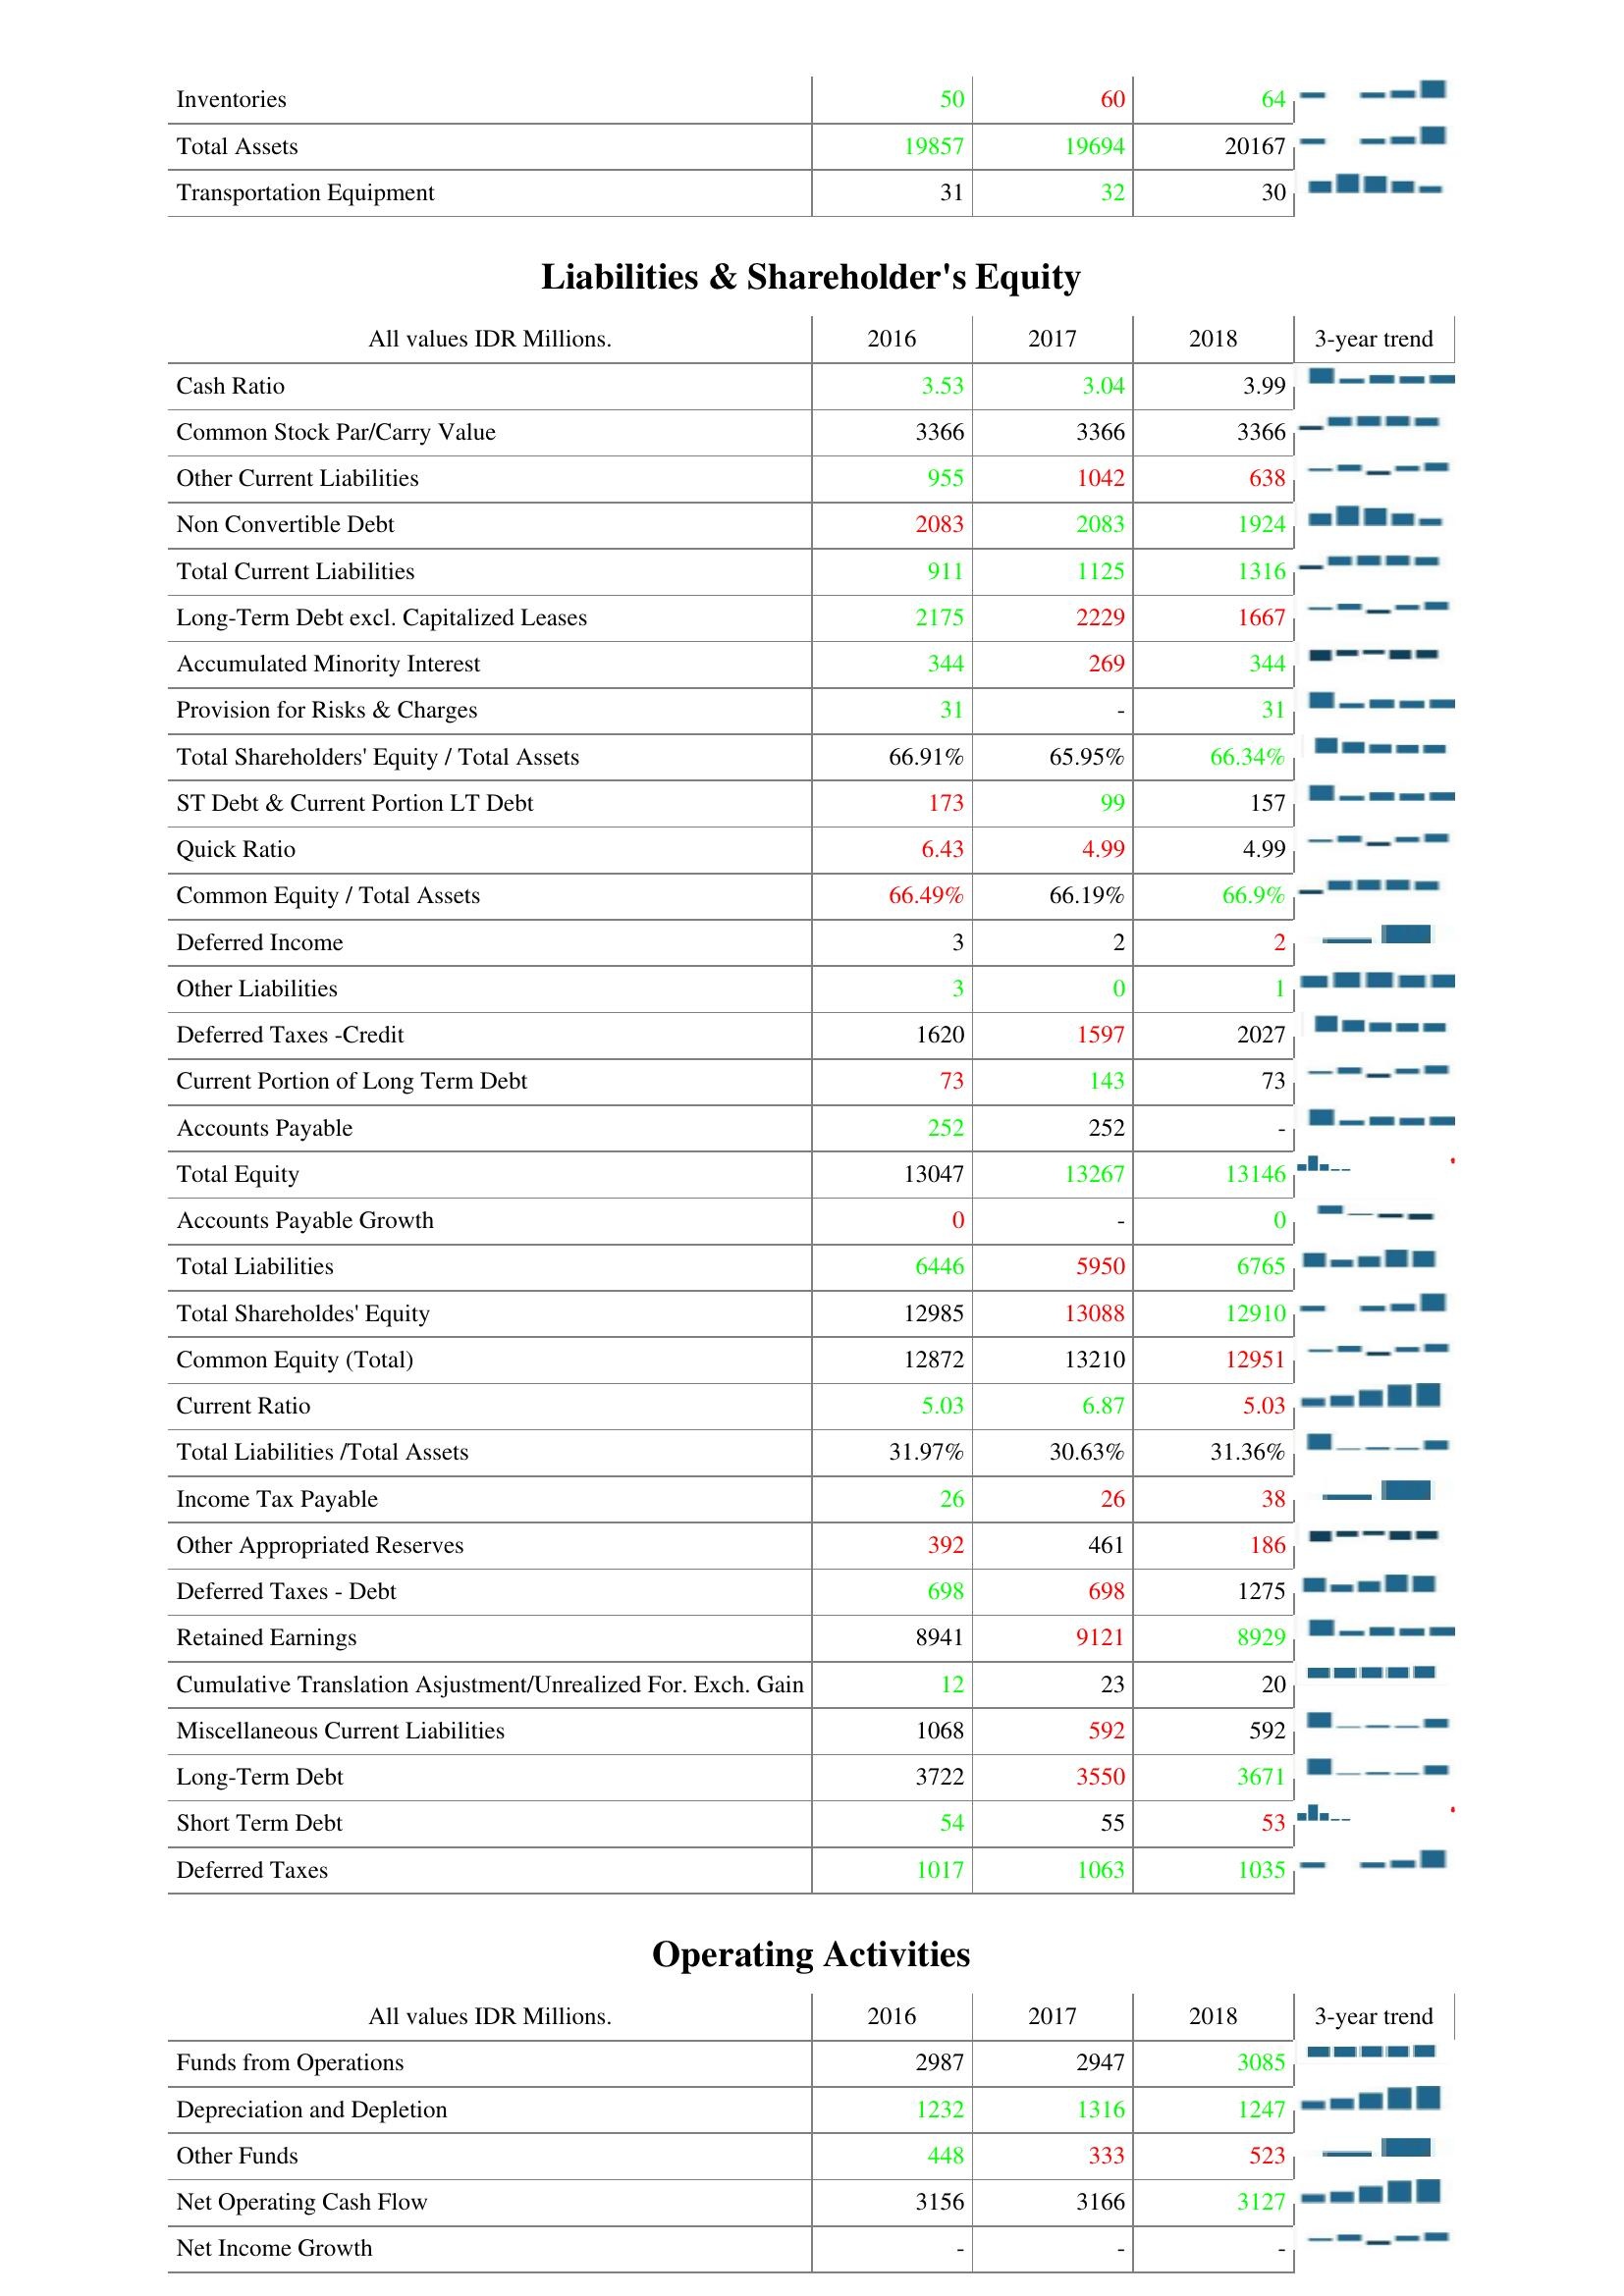
2016: Assets: Inventories: 50
Total Assets: 19857
Transportation Equipment: 31
Liabilities & Shareholder's Equity: Cash Ratio: 3.53
Common Stock Par/Carry Value: 3366
Other Current Liabilities: 955
Non Convertible Debt: 2083
Total Current Liabilities: 911
Long-Term Debt excl. Capitalized Leases: 2175
Accumulated Minority Interest: 344
Provision for Risks & Charges: 31
Total Shareholders' Equity / Total Assets: 66.91%
ST Debt & Current Portion LT Debt: 173
Quick Ratio: 6.43
Common Equity / Total Assets: 66.49%
Deferred Income: 3
Other Liabilities: 3
Deferred Taxes -Credit: 1620
Current Portion of Long Term Debt: 73
Accounts Payable: 252
Total Equity: 13047
Accounts Payable Growth: 0
Total Liabilities: 6446
Total Shareholdes' Equity: 12985
Common Equity (Total): 12872
Current Ratio: 5.03
Total Liabilities /Total Assets: 31.97%
Income Tax Payable: 26
Other Appropriated Reserves: 392
Deferred Taxes - Debt: 698
Retained Earnings: 8941
Cumulative Translation Asjustment/Unrealized For. Exch. Gain: 12
Miscellaneous Current Liabilities: 1068
Long-Term Debt: 3722
Short Term Debt: 54
Deferred Taxes: 1017
Operating Activities: Funds from Operations: 2987
Depreciation and Depletion: 1232
Other Funds: 448
Net Operating Cash Flow: 3156
Net Income Growth: -
2017: Assets: Inventories: 60
Total Assets: 19694
Transportation Equipment: 32
Liabilities & Shareholder's Equity: Cash Ratio: 3.04
Common Stock Par/Carry Value: 3366
Other Current Liabilities: 1042
Non Convertible Debt: 2083
Total Current Liabilities: 1125
Long-Term Debt excl. Capitalized Leases: 2229
Accumulated Minority Interest: 269
Provision for Risks & Charges: -
Total Shareholders' Equity / Total Assets: 65.95%
ST Debt & Current Portion LT Debt: 99
Quick Ratio: 4.99
Common Equity / Total Assets: 66.19%
Deferred Income: 2
Other Liabilities: 0
Deferred Taxes -Credit: 1597
Current Portion of Long Term Debt: 143
Accounts Payable: 252
Total Equity: 13267
Accounts Payable Growth: -
Total Liabilities: 5950
Total Shareholdes' Equity: 13088
Common Equity (Total): 13210
Current Ratio: 6.87
Total Liabilities /Total Assets: 30.63%
Income Tax Payable: 26
Other Appropriated Reserves: 461
Deferred Taxes - Debt: 698
Retained Earnings: 9121
Cumulative Translation Asjustment/Unrealized For. Exch. Gain: 23
Miscellaneous Current Liabilities: 592
Long-Term Debt: 3550
Short Term Debt: 55
Deferred Taxes: 1063
Operating Activities: Funds from Operations: 2947
Depreciation and Depletion: 1316
Other Funds: 333
Net Operating Cash Flow: 3166
Net Income Growth: -
2018: Assets: Inventories: 64
Total Assets: 20167
Transportation Equipment: 30
Liabilities & Shareholder's Equity: Cash Ratio: 3.99
Common Stock Par/Carry Value: 3366
Other Current Liabilities: 638
Non Convertible Debt: 1924
Total Current Liabilities: 1316
Long-Term Debt excl. Capitalized Leases: 1667
Accumulated Minority Interest: 344
Provision for Risks & Charges: 31
Total Shareholders' Equity / Total Assets: 66.34%
ST Debt & Current Portion LT Debt: 157
Quick Ratio: 4.99
Common Equity / Total Assets: 66.9%
Deferred Income: 2
Other Liabilities: 1
Deferred Taxes -Credit: 2027
Current Portion of Long Term Debt: 73
Accounts Payable: -
Total Equity: 13146
Accounts Payable Growth: 0
Total Liabilities: 6765
Total Shareholdes' Equity: 12910
Common Equity (Total): 12951
Current Ratio: 5.03
Total Liabilities /Total Assets: 31.36%
Income Tax Payable: 38
Other Appropriated Reserves: 186
Deferred Taxes - Debt: 1275
Retained Earnings: 8929
Cumulative Translation Asjustment/Unrealized For. Exch. Gain: 20
Miscellaneous Current Liabilities: 592
Long-Term Debt: 3671
Short Term Debt: 53
Deferred Taxes: 1035
Operating Activities: Funds from Operations: 3085
Depreciation and Depletion: 1247
Other Funds: 523
Net Operating Cash Flow: 3127
Net Income Growth: -